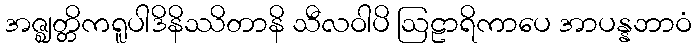
အဇ္ဈတ္တိကရူပါဒိနိဿိတာနိ သီလဝါပိ ဩဠာရိကာပေ အာပန္နဘာဝံ